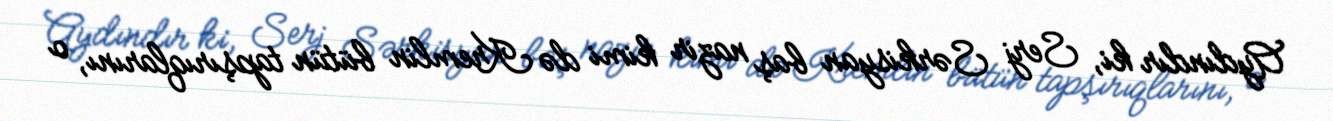
Aydındır ki, Serj Sərkisyan baş nazir kimi də Kremlin bütün tapşırıqlarını, o